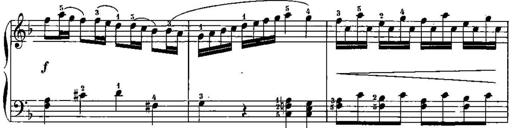
Title: Trois sonatines
Composer: Maurice Emmanuel